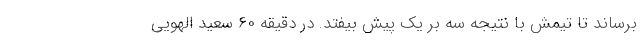
برساند تا تیمش با نتیجه سه بر یک پیش بیفتد. در دقیقه ۶۰ سعید الهویی